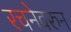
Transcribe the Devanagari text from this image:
रचनेवरुन